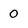
Character: 0